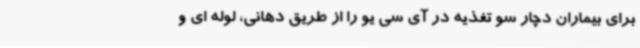
برای بیماران دچار سو تغذیه در آی سی یو را از طریق دهانی، لوله ای و